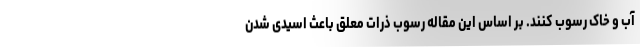
آب و خاک رسوب کنند. بر اساس این مقاله رسوب ذرات معلق باعث اسیدی شدن